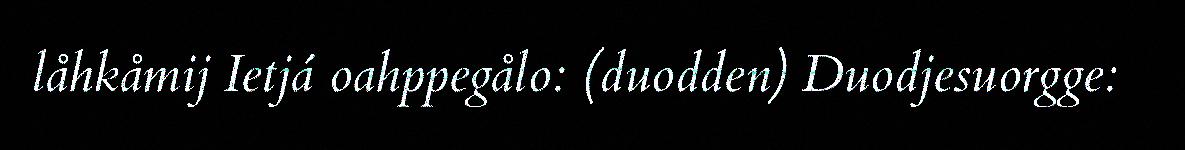
låhkåmij Ietjá oahppegålo: (duodden) Duodjesuorgge: